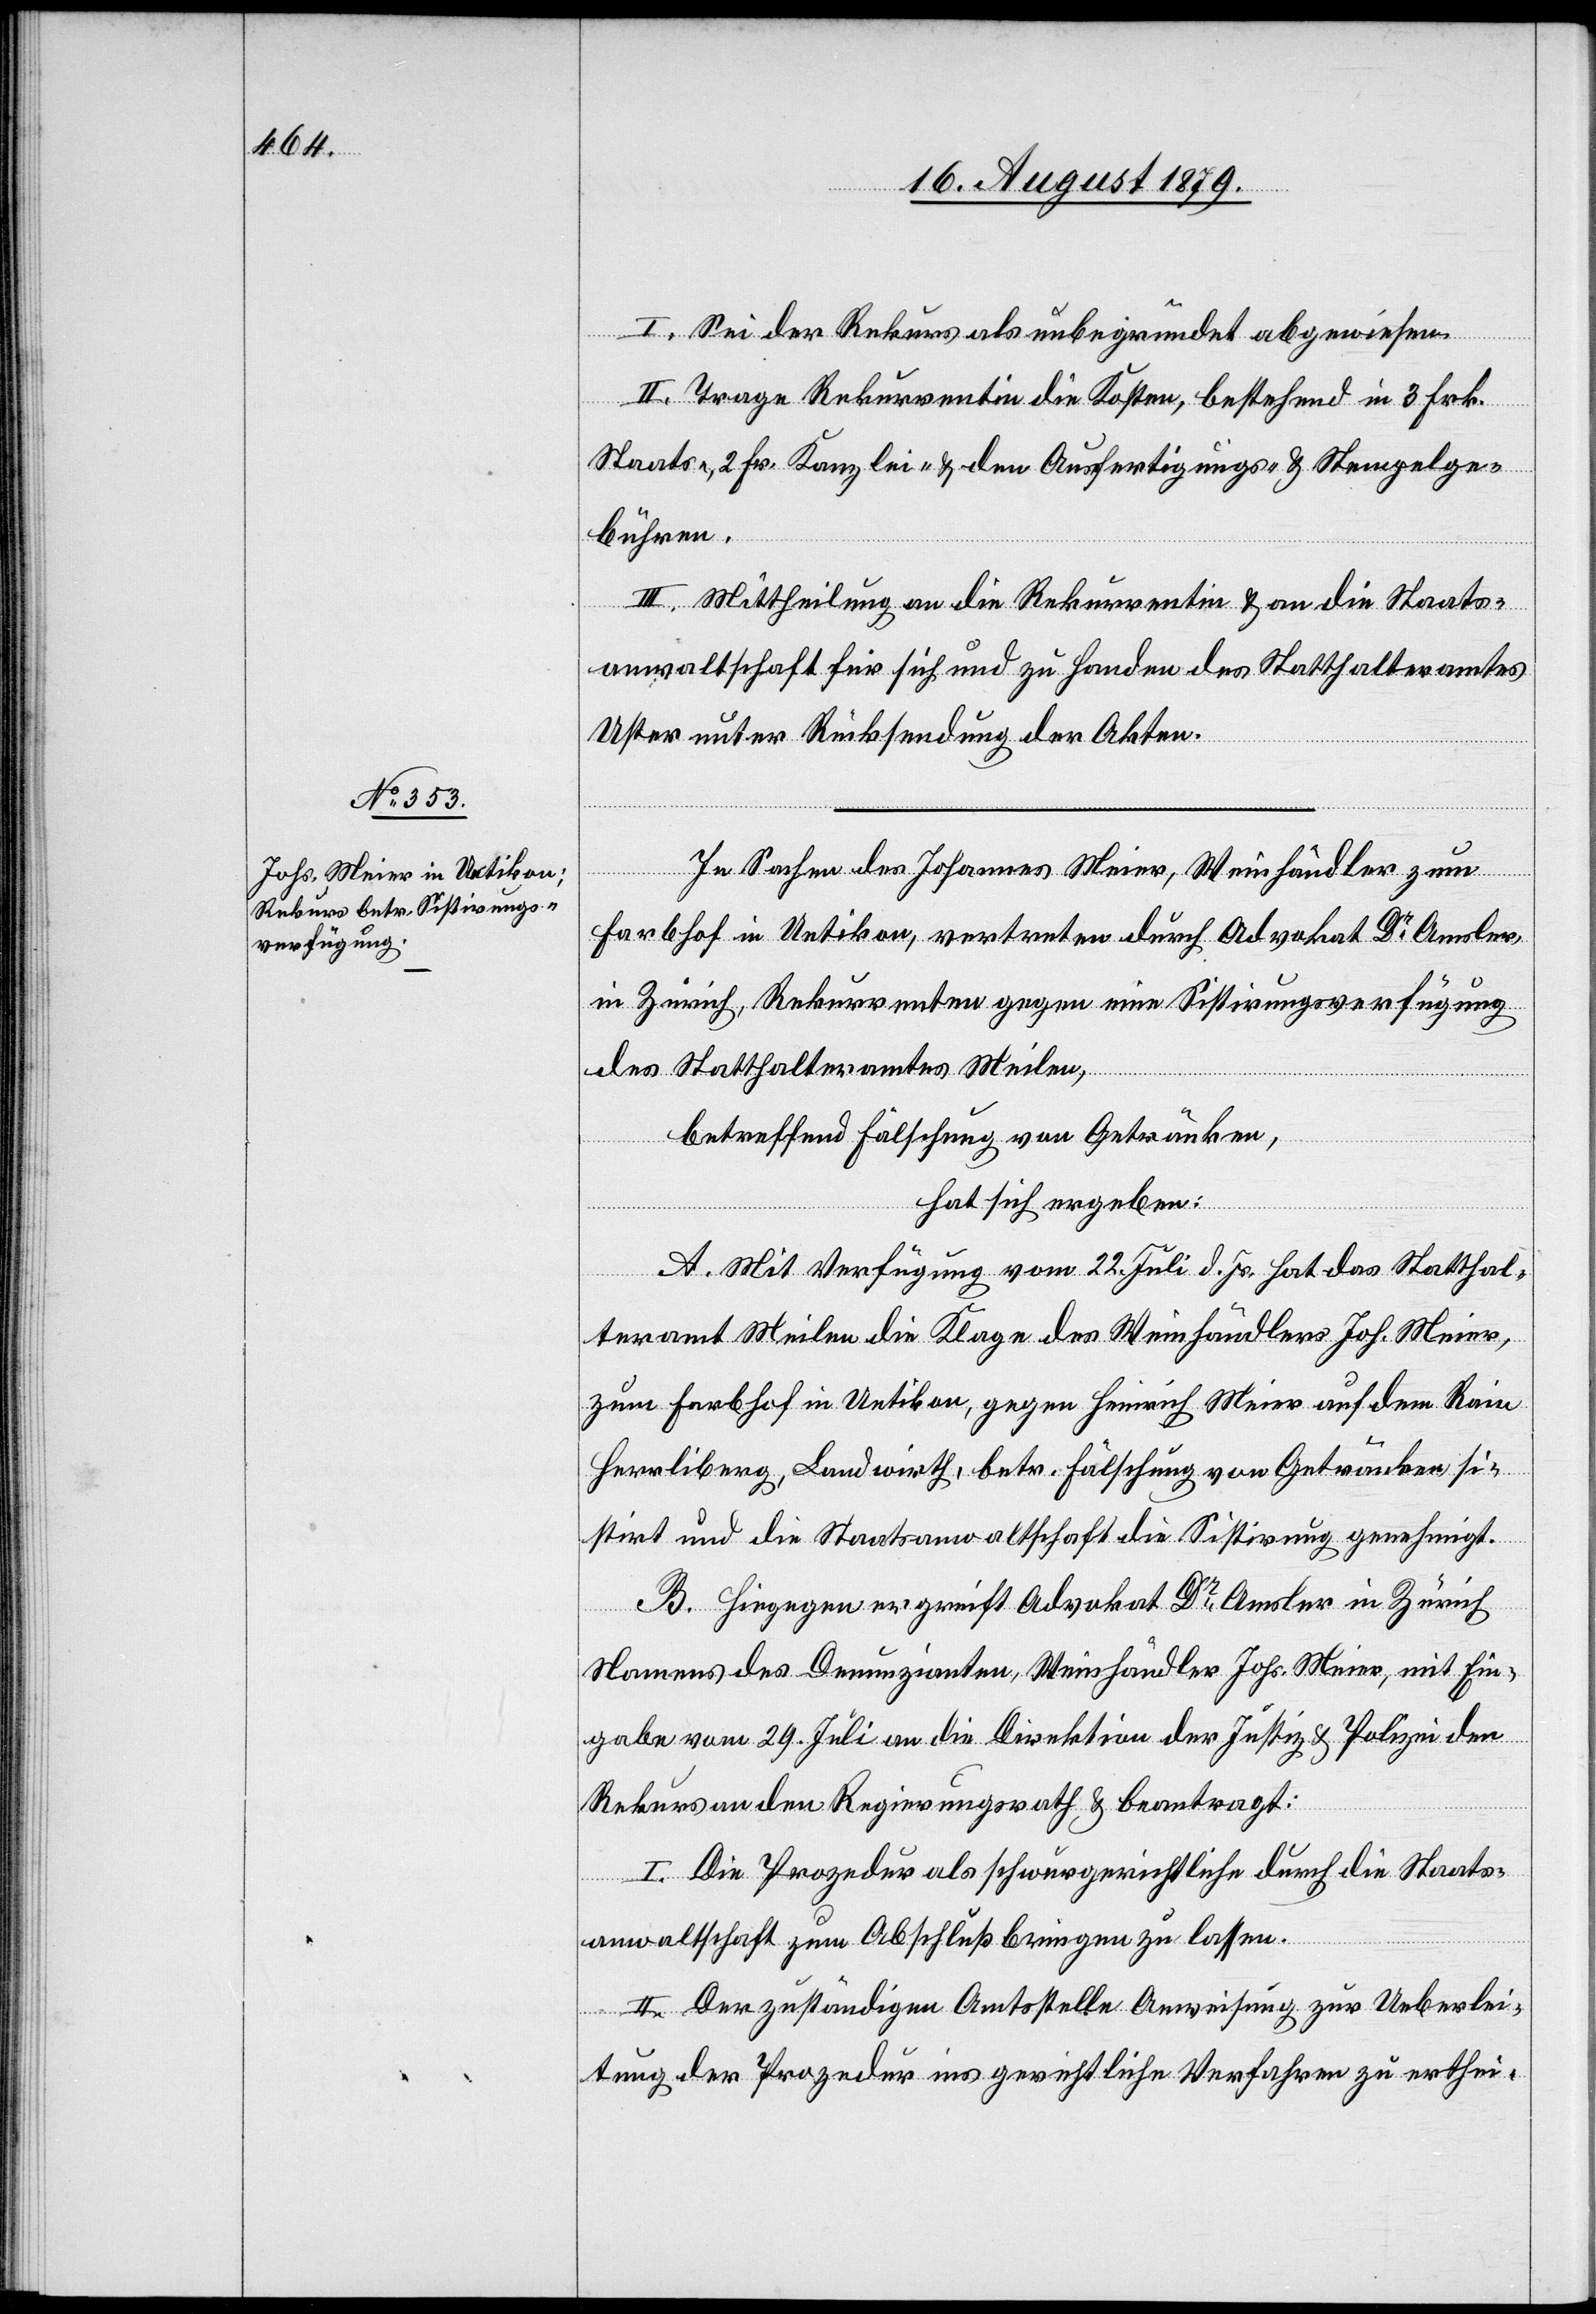
I. Sei der Rekurs als unbegründet abgewiesen.
II. Trage Rekurrentin die Kosten, bestehend in 3 Frk.
Staats-. 2 Fr. Kanzlei- & den Ausfertigungs- und Stempelge¬
bühren.
III. Mittheilung an die Rekurrentin & an die Staats¬
anwaltschaft für sich und zu Handen des Statthalteramtes
Uster unter Rücksendung der Akten.
In Sachen des Johannes Meier, Weinhändler zum
Farbhof in Uetikon, vertreten durch Advokat Dr Amsler
in Zürich, Rekurrenten gegen eine Sistirungsverfügung
des Statthalteramtes Meilen,
betreffend Fälschung von Getränken,
hat sich ergeben:
A. Mit Verfügung vom 22. Juli d. Js. hat das Statthal¬
teramt Meilen die Klage des Weinhändlers Joh. Meier,
zum Farbhof in Uetikon, gegen Heinrich Meier auf dem Rain
Herrliberg, Landwirth, betr. Fälschung von Getränken si¬
stirt und die Staatsanwaltschaft die Sistirung genehmigt.
B. Hiegegen greift Advokat Dr Amsler in Zürich
Namens des Denunzianten, Weinhändler Johs. Meier, mit Ein¬
gabe vom 29. Juli an die Direktion der Justiz & Polizei den
Rekurs an den Regierungsrath & beantragt:
I. Die Prozedur als schwurgerichtliche durch die Staats¬
anwaltschaft zum Abschluß bringen zu lassen.
II. Der zuständigen Amtsstelle Anweisung zur Ueberlei¬
tung der Prozedur ins gerichtliche Verfahren zu erthei-